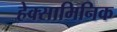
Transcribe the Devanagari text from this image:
हेक्सामिनिक